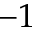
- 1